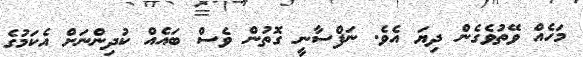
މަހެއް ވޭތުވެގެން ދިޔަ އެވެ. ނަފްސާނީ ގޮތުން ވެސް ބައެއް ކުދިންނަށް އެކަމުގެ